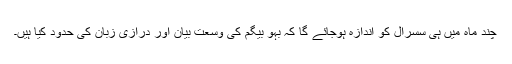
چند ماہ میں ہی سسرال کو اندازہ ہوجائے گا کہ بہو بیگم کی وسعتِ بیان اور درازیٔ زبان کی حدود کیا ہیں۔